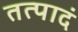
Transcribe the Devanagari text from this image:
तत्पादं